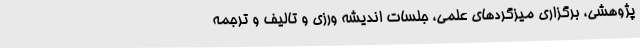
پژوهشی، برگزاری میزگردهای علمی، جلسات اندیشه ورزی و تالیف و ترجمه